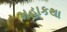
મહાકથા